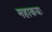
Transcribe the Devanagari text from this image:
महाकयः